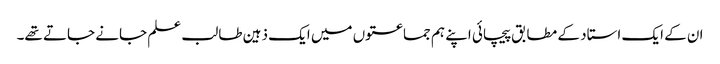
ان کے ایک استاد کے مطابق پیچائی اپنے ہم جماعتوں میں ایک ذہین طالب علم جانے جاتے تھے۔